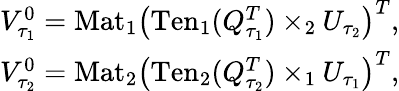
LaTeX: \begin{array}{r}{V_{\tau_{1}}^{0}=\mathrm{Mat}_{1}\left(\mathrm{Ten}_{1}(Q_{\tau_{1}}^{T})\times_{2}U_{\tau_{2}}\right)^{T},}\\ {V_{\tau_{2}}^{0}=\mathrm{Mat}_{2}\left(\mathrm{Ten}_{2}(Q_{\tau_{2}}^{T})\times_{1}U_{\tau_{1}}\right)^{T},}\end{array}